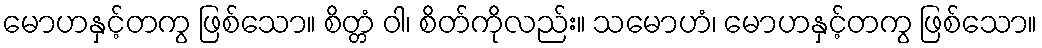
မောဟနှင့်တကွ ဖြစ်သော။ စိတ္တံ ဝါ၊ စိတ်ကိုလည်း။ သမောဟံ၊ မောဟနှင့်တကွ ဖြစ်သော။